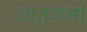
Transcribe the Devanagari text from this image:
धातुगर्भा